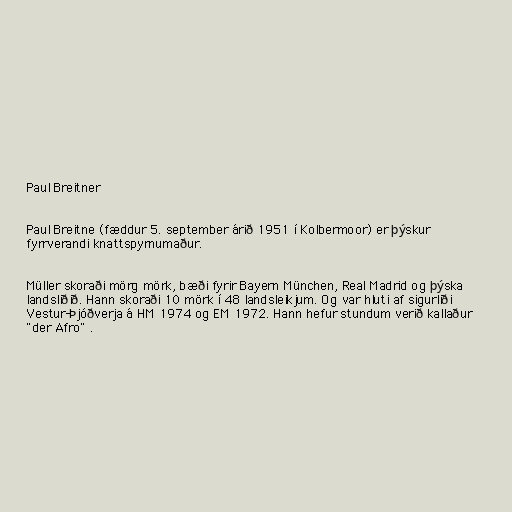
Paul Breitner

Paul Breitne (fæddur 5. september árið 1951 í Kolbermoor) er þýskur
fyrrverandi knattspyrnumaður.

Müller skoraði mörg mörk, bæði fyrir Bayern München, Real Madrid og þýska
landsliðið. Hann skoraði 10 mörk í 48 landsleikjum. Og var hluti af sigurliði
Vestur-Þjóðverja á HM 1974 og EM 1972. Hann hefur stundum verið kallaður
"der Afro" .